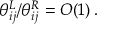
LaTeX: \theta _ { i j } ^ { L } / \theta _ { i j } ^ { R } = { \cal O } ( 1 ) \, .